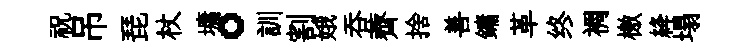
祝吊琵杖墉。訓割娥吞薺捨善鏞革终裯檄絳塌